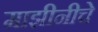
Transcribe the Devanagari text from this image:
माझीनीचे